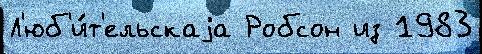
Л'юб'и́т'ельскаjа Робсон из 1983